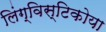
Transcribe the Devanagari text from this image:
लिंग्विस्टिकोया